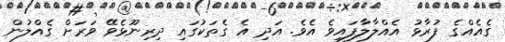
ގެއެއްގެ ފުރާޅު އެއްލާލާފައިވެ އެވެ. އަދި އެ ގެތަކުގައި ދިރިނޫޅެވޭ ވަރަށް ގެއްލުން